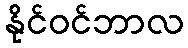
နိုင်ဝင်ဘာလ